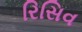
રિસિવ